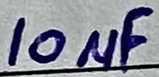
Text: 10µF